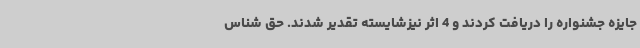
جایزه جشنواره را دریافت کردند و 4 اثر نیزشایسته تقدیر شدند. حق شناس